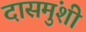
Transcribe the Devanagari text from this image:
दासमुंशी